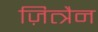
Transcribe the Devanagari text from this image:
ज़ित्त्रैन